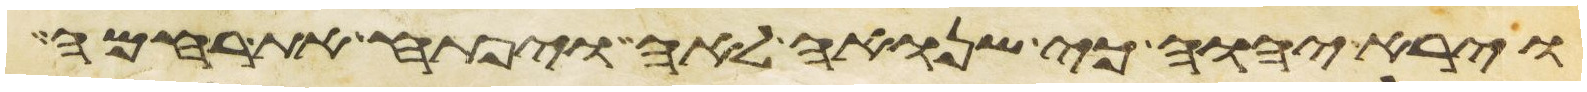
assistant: וירא יהוה כי שנואה לאה ויפתח את רחמה